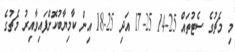
މި މެޗުގެ ސެޓުތައް 25-14 25-17 އަދި 25-18 އިން ކާމިޔާބުކޮށްފައިވާއިރު މެޗުގެ